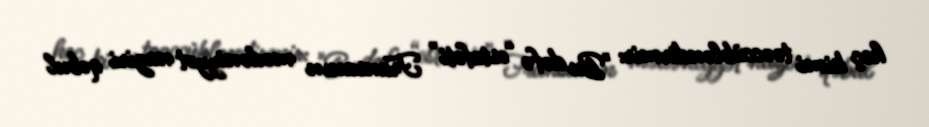
heç kimi təəccübləndirmir: "Bu dəfə “estafeti” Fransanın mədəniyyət naziri qəbul